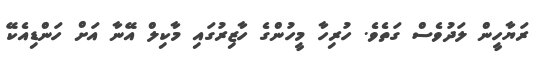
ރަޔާހީން ލަދުވެސް ގަތެވެ. ހުރިހާ މީހުންގެ ހާޒިރުގައި މާކިލް އޭނާ އަށް ހަންޑިއެކޭ